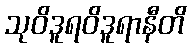
သုဝိဒူရဝိဒူရာနီတိ